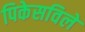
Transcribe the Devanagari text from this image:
पिकेसविले